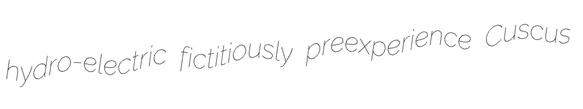
hydro-electric fictitiously preexperience Cuscus